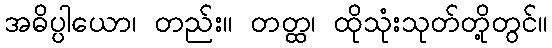
အဓိပ္ပါယော၊ တည်း။ တတ္ထ၊ ထိုသုံးသုတ်တို့တွင်။